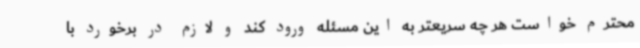
محترم خواست هر چه سریعتر به این مسئله ورود کند و لازم در برخورد با